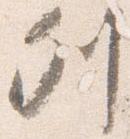
列